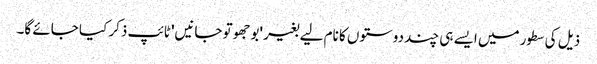
ذیل کی سطور میں ایسے ہی چند دوستوں کا نام لیے بغیر 'بوجھو تو جانیں' ٹائپ ذکر کیا جائے گا۔